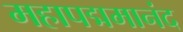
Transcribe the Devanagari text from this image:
महापद्ममानंद